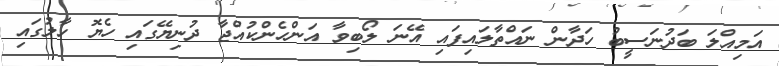
އަމިއްލަ ބަދުނަސީބު ހަދާން ނައްތާލައިފައި އޭނަ ލޯބިވާ އަންހެންކުއްޖާ ދުނިޔޭގައި ހެޔޮ ހާލުގައި